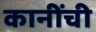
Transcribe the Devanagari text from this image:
कानींची